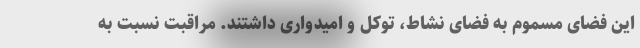
این فضای مسموم به فضای نشاط، توکل و امیدواری داشتند. مراقبت نسبت به